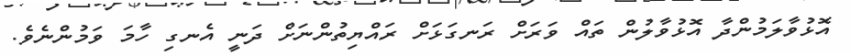
އޮޅުވާލަމުންދާ އޮޅުވާލުން ތައް ވަރަށް ރަނގަޅަށް ރައްޔިތުންނަށް ދަނީ އެނގި ހާމަ ވަމުންނެވެ.